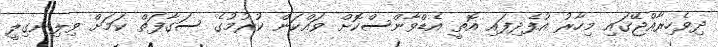
ދިވެހިރާއްޖޭގައި މިހާރު އުފެދިފައި އޮތީ އެޑްވާންސްކޮށް ވައްކަން ކުރުމުގެ ސަގާފަތް ކަމަށް ވިލިނގިލީ